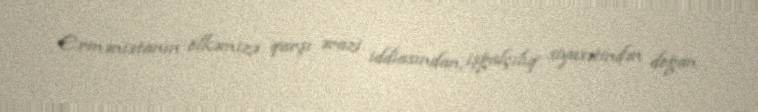
Ermənistanın ölkəmizə qarşı ərazi iddiasından, işğalçılıq siyasətindən doğan